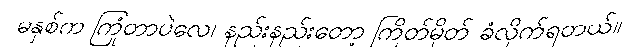
မနှစ်က ကြုံတာပဲလေ၊ နည်းနည်းတော့ ကြိတ်မှိတ် ခံလိုက်ရတယ်။